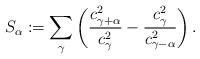
LaTeX: \begin{align*}S_{\alpha}:=\sum\limits_{\gamma}\left(\frac{c_{\gamma+\alpha}^{2}}{c_{\gamma}^2}-\frac{c_{\gamma}^{2}}{c_{\gamma-\alpha}^2}\right).\end{align*}